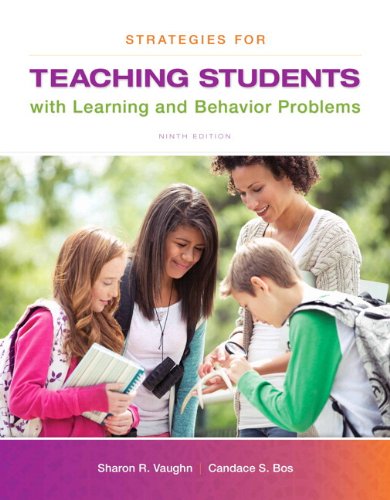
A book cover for Strategies for Teaching Students with Learning and Behavior Problems, Enhanced Pearson eText with Loose-Leaf Version -- Access Card Package (9th Edition); Sharon R. Vaughn; Education & Teaching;